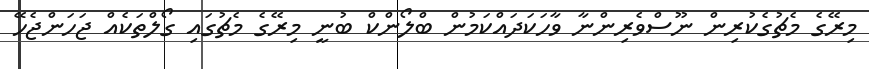
މިރޭގެ މެޗުގެކުރިން ނޫސްވެރިންނާ ވާހަކަދައްކަމުން ބްލޯންކް ބުނީ މިރޭގެ މެޗުގައި ގޯލްތަކެއް ޖަހަންޖެހޭ